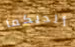
ألديكما